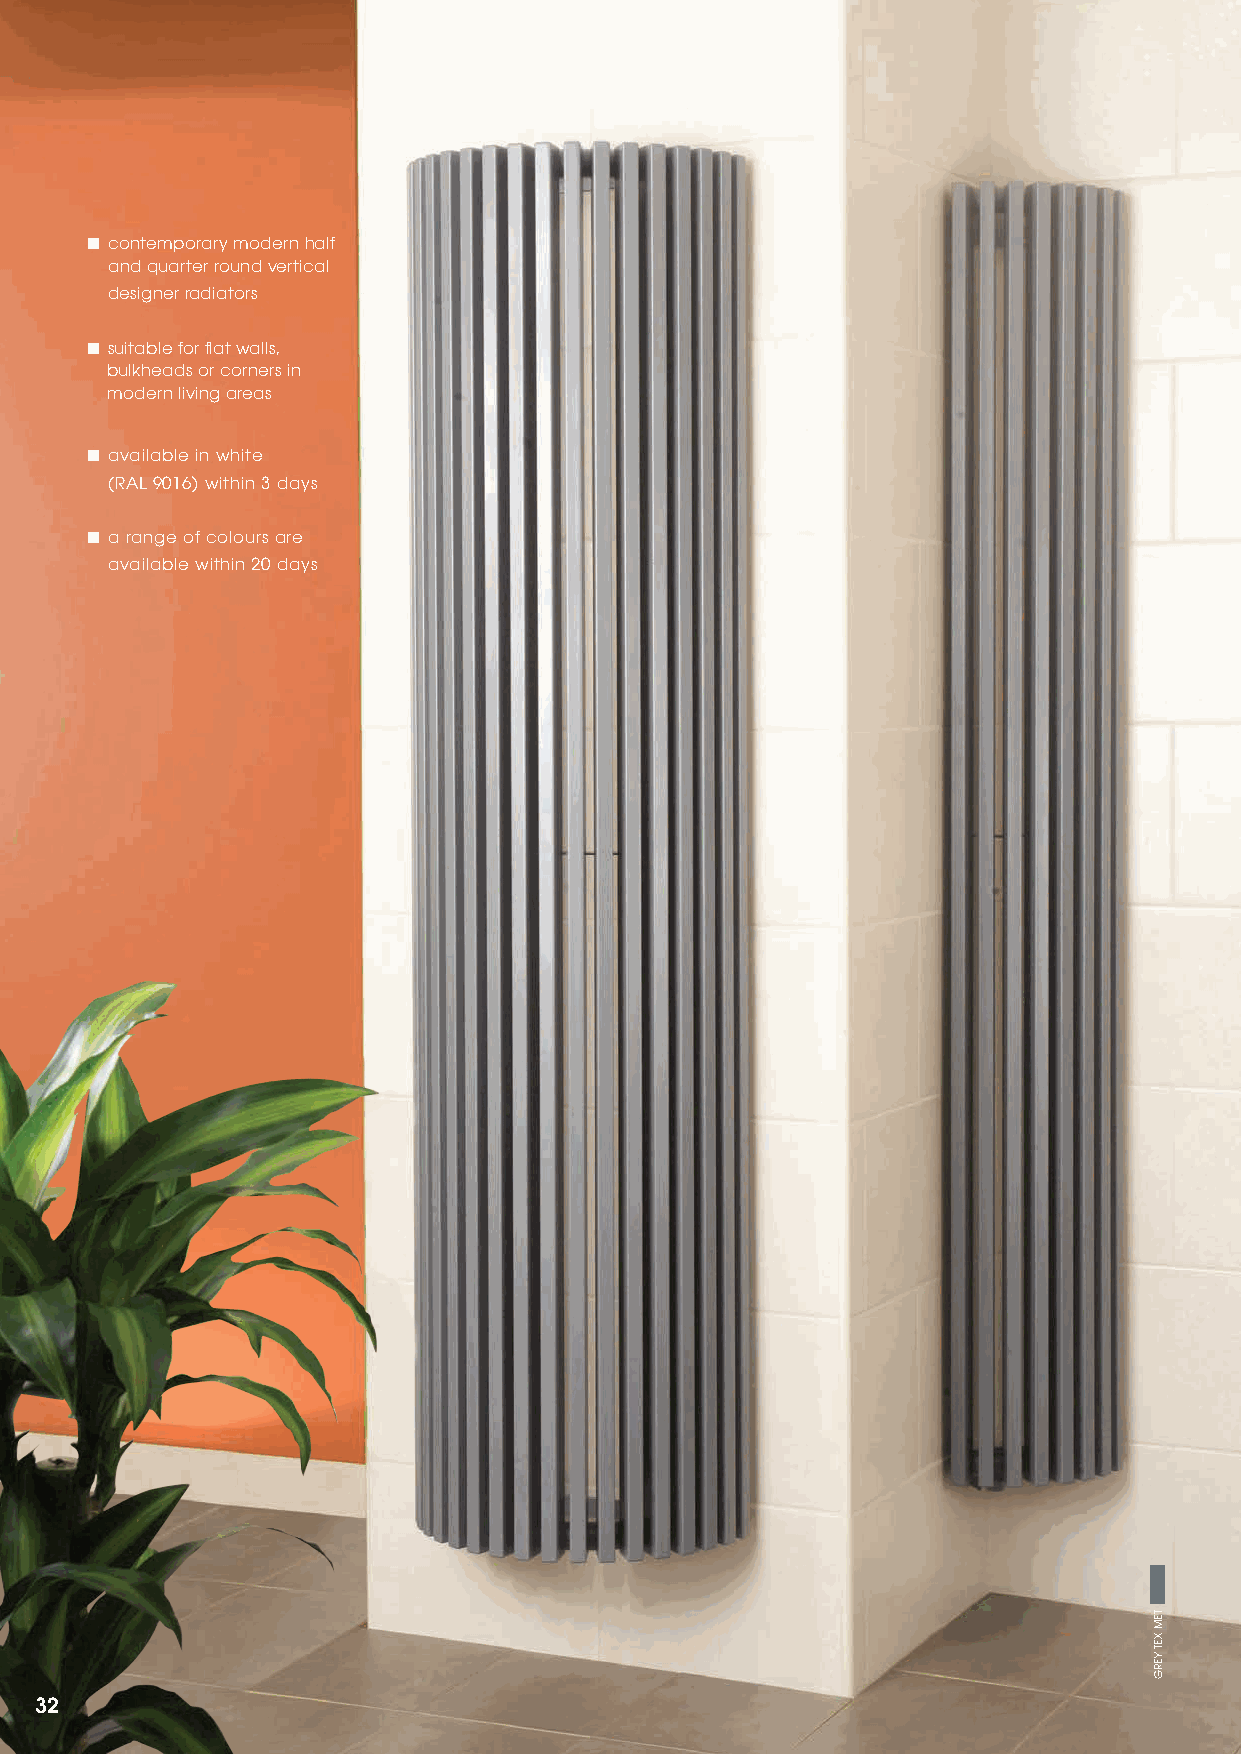
■ contemporary modern half
 and quarter round vertical
 designer radiators
 ■ suitable for flat walls,
 bulkheads or corners in
 modern living areas
 ■ available in white
 (RAL 9016) within 3 days
 ■ a range of colours are
 available within 20 days
 32
 TEM
 XET
 YERG